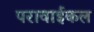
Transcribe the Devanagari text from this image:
परावाईकल